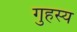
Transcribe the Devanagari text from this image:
गुहस्य